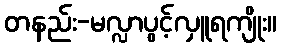
တနည်း-မလ္လာပွင့်လှူရကျိုး။